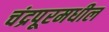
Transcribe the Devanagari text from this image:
चंद्रपूरमधील